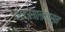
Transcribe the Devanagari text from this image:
१९६३सालापासून